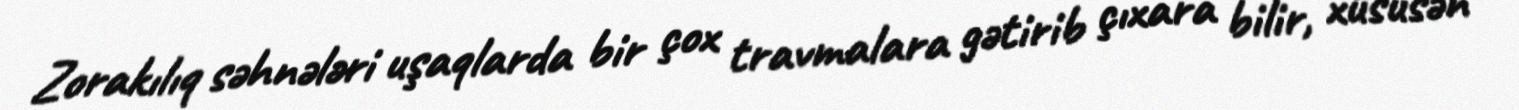
Zorakılıq səhnələri uşaqlarda bir çox travmalara gətirib çıxara bilir, xüsusən